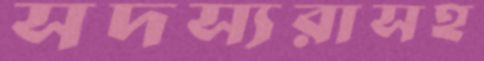
সদস্যরাসহ